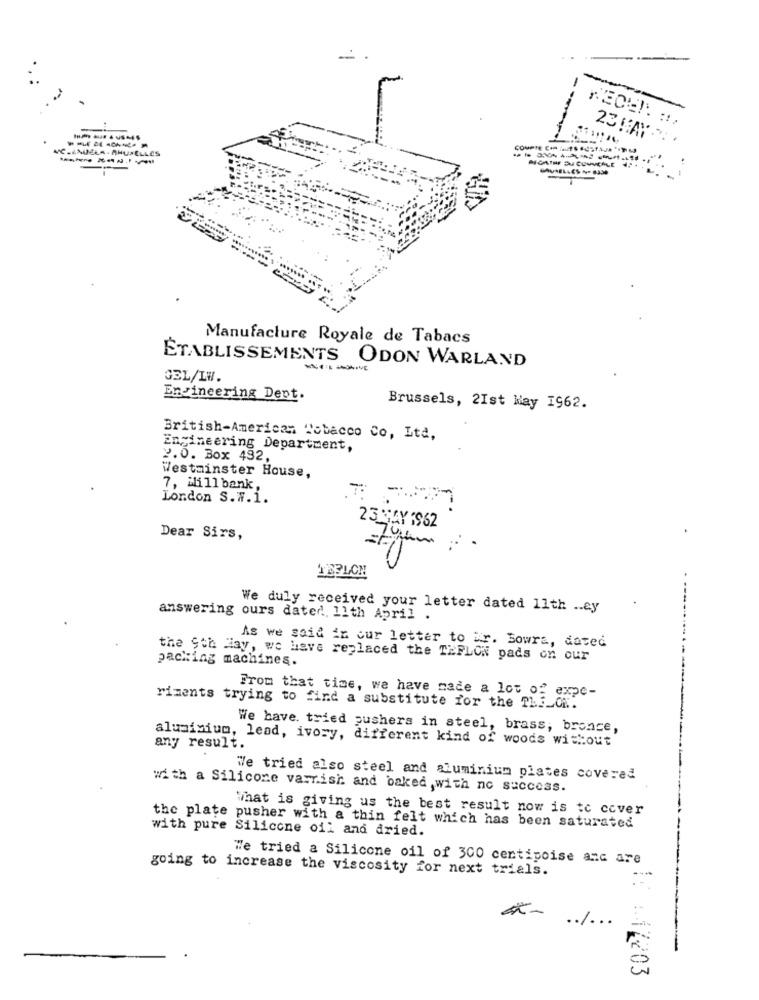
23 HAY ...
VC.ANGELA . AHUSELLES
Manufacture Royale de Tabacs
ÉTABLISSEMENTS ODON WARLAND
----
GEL/LW.
Engineering Dent.
Brussels, 2Ist May I962.
British-American Tobacco Co, Ita,
Engineering Department,
2.0. Box 492,
Westminster House,
7, Mill bank,
London S.w.1.
23 SAY 162
Dear Sirs,
We duly received your letter dated 11th .. ey
answering ours dated, 11th April .
As we said in cur letter to ir. Bowra, dated
the Sth Hay, we have replaced the TEFLON pads on our
packing machines.
From that time, we have made a lot of expe-
riments trying to find a substitute for the TLE_ON.
We have. tried pushers in steel, brass, bronce,
aluminium, lead, ivory, different kind of woods without
any result.
We tried also steel and aluminium plates covered
with a Silicone varrish and baked ,with no success.
What is giving us the best result now is to cover
with pure Silicone oil and dried.
the plate pusher with a thin felt which has been saturated
We tried a Silicone oil of 300 centipoise anc are
going to increase the viscosity for next trials.
.. / ...
1: : 17203